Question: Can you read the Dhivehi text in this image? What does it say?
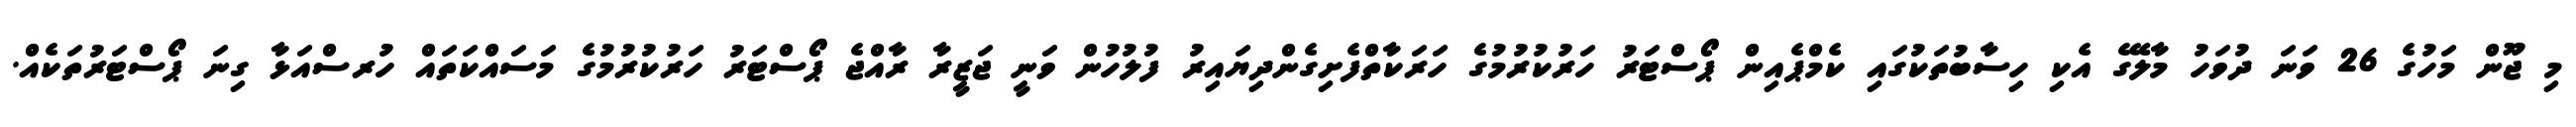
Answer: މި ޖޫން މަހުގެ 26 ވަނަ ދުވަހު މާލޭގެ އެކި ހިސާބުތަކުގައި ކެމްޕެއިން ޕޯސްޓަރު ހަރުކުރުމުގެ ހަރަކާތްފެށިގެންދިޔައިރު ފުލުހުން ވަނީ ޖަޒީރާ ރާއްޖެ ޕޯސްޓަރު ހަރުކުރުމުގެ މަސައްކަތައް ހުރސްއަޅާ ގިނަ ޕޯސްޓަރުތަކެއް.